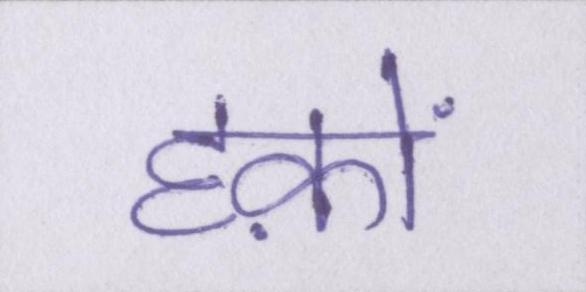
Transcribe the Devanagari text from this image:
हक़ों